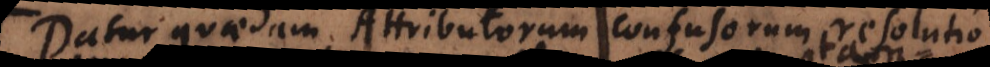
Datur quaedam Attributorum confusorum resolutio